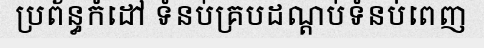
ប្រព័ន្ធកំដៅ ទំនប់គ្របដណ្តប់ទំនប់ពេញ